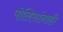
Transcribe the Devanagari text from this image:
पोलिसांनाही